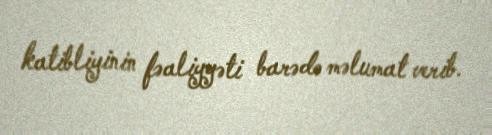
katibliyinin fəaliyyəti barədə məlumat verib.